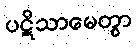
ပဋိသာမေတွာ